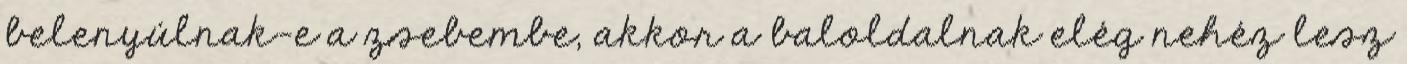
belenyúlnak-e a zsebembe, akkor a baloldalnak elég nehéz lesz